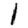
Digit: 1